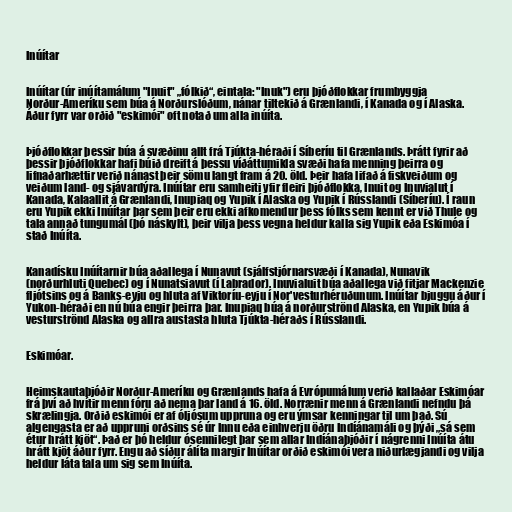
Inúítar

Inúítar (úr inúítamálum "Inuit" „fólkið“, eintala: "Inuk") eru þjóðflokkar frumbyggja
Norður-Ameríku sem búa á Norðurslóðum, nánar tiltekið á Grænlandi, í Kanada og í Alaska.
Áður fyrr var orðið "eskimói" oft notað um alla inúíta.

Þjóðflokkar þessir búa á svæðinu allt frá Tjúkta-héraði í Síberíu til Grænlands. Þrátt fyrir að
þessir þjóðflokkar hafi búið dreift á þessu víðáttumikla svæði hafa menning þeirra og
lifnaðarhættir verið nánast þeir sömu langt fram á 20. öld. Þeir hafa lifað á fiskveiðum og
veiðum land- og sjávardýra. Inúítar eru samheiti yfir fleiri þjóðflokka, Inuit og Inuvialut í
Kanada, Kalaallit á Grænlandi, Inupiaq og Yupik í Alaska og Yupik í Rússlandi (Síberíu). Í raun
eru Yupik ekki Inúítar þar sem þeir eru ekki afkomendur þess fólks sem kennt er við Thule og
tala annað tungumál (þó náskylt), þeir vilja þess vegna heldur kalla sig Yupik eða Eskimóa í
stað Inúíta.

Kanadísku Inúítarnir búa aðallega í Nunavut (sjálfstjórnarsvæði í Kanada), Nunavik
(norðurhluti Quebec) og í Nunatsiavut (í Labrador). Inuvialuit búa aðallega við fitjar Mackenzie
fljótsins og á Banks-eyju og hluta af Viktoríu-eyju í Nor'vesturhéruðunum. Inúítar bjuggu áður í
Yukon-héraði en nú búa engir þeirra þar. Inupiaq búa á norðurströnd Alaska, en Yupik búa á
vesturströnd Alaska og allra austasta hluta Tjúkta-héraðs í Rússlandi.

Eskimóar.

Heimskautaþjóðir Norður-Ameríku og Grænlands hafa á Evrópumálum verið kallaðar Eskimóar
frá því að hvítir menn fóru að nema þar land á 16. öld. Norrænir menn á Grænlandi nefndu þá
skrælingja. Orðið eskimói er af óljósum uppruna og eru ýmsar kenningar til um það. Sú
algengasta er að uppruni orðsins sé úr Innu eða einhverju öðru Indíánamáli og þýði „sá sem
étur hrátt kjöt“. Það er þó heldur ósennilegt þar sem allar Indíánaþjóðir í nágrenni Inúíta átu
hrátt kjöt áður fyrr. Engu að síður álíta margir Inúítar orðið eskimói vera niðurlægjandi og vilja
heldur láta tala um sig sem Inúíta.